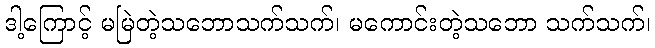
ဒါ့ကြောင့် မမြဲတဲ့သဘောသက်သက်၊ မကောင်းတဲ့သဘော သက်သက်၊